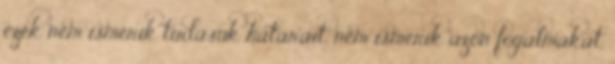
ezek nem ismerik tudásuk határait, nem ismerik azon fogalmakat,